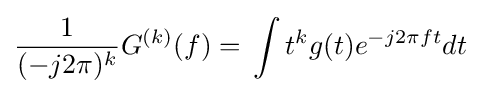
{\frac {1}{(-j2\pi )^{k}}}G^{(k)}(f)=\,\int t^{k}g(t)e^{-j2\pi ft}dt